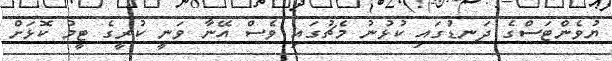
ޔުވެންޓަސްގެ ދަނޑުގައި ކުޅުނު މެޗުގައި ވެސް އޭނާ ވަނީ ކުރީގެ ޓީމު ކޮޅަށް